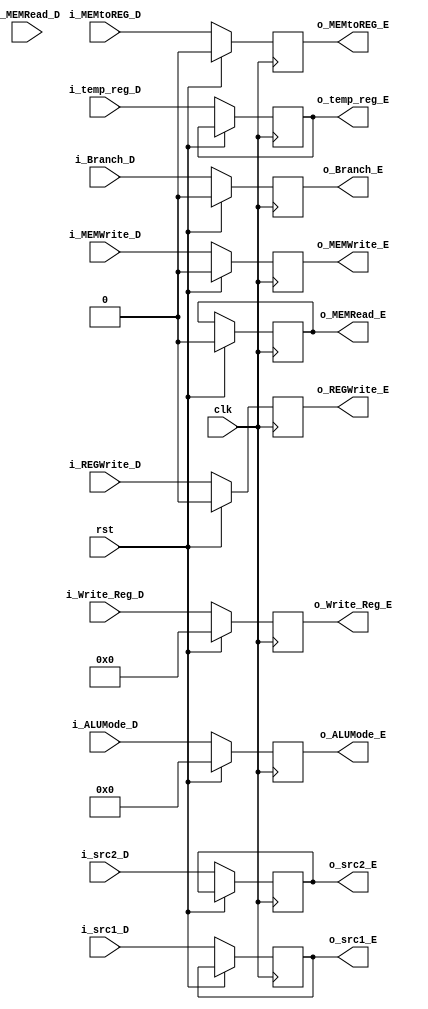
module ID2EX(
    input clk, rst,
    input [4:0] i_Write_Reg_D,
    input [15:0] i_temp_reg_D,
    input i_Branch_D,
    input [4:0] i_src1_D, i_src2_D,
    output reg [4:0] o_Write_Reg_E,
    output reg [15:0] o_temp_reg_E,
    output reg o_Branch_E,
    output reg [4:0] o_src1_E, o_src2_E,
    input i_REGWrite_D, i_MEMtoREG_D, i_MEMWrite_D, i_MEMRead_D, 
    input [5:0] i_ALUMode_D,
    output reg o_REGWrite_E, o_MEMtoREG_E, o_MEMWrite_E, o_MEMRead_E,
    output reg [5:0] o_ALUMode_E
);

always @(posedge clk) begin
    if(rst) begin
        {o_REGWrite_E, o_MEMtoREG_E, o_MEMWrite_E, o_MEMRead_E, o_ALUMode_E} <= 0;
        o_Write_Reg_E <= 0;
        o_Branch_E <= 0;
    end
    else begin
        o_Write_Reg_E <= i_Write_Reg_D;
        o_REGWrite_E <= i_REGWrite_D;
        o_MEMtoREG_E <= i_MEMtoREG_D;
        o_MEMWrite_E <= i_MEMWrite_D;
        o_MEMWrite_E <= i_MEMWrite_D;
        o_ALUMode_E <= i_ALUMode_D;
        o_temp_reg_E <= i_temp_reg_D;
        o_Branch_E <= i_Branch_D;
        o_src1_E <= i_src1_D;
        o_src2_E <= i_src2_D;
    end
end

endmodule